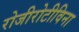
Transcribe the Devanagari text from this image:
रोजीरोटीविना